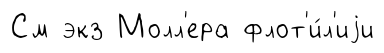
См экз Молл'ера флот'и́л'иjи